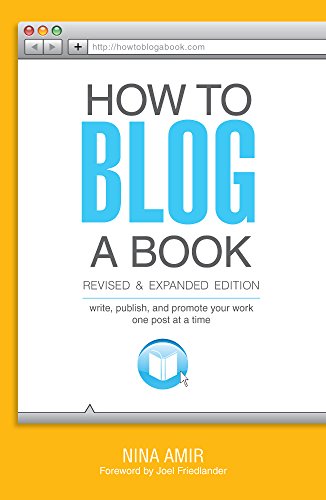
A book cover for How to Blog a Book Revised and Expanded Edition: Write, Publish, and Promote Your Work One Post at a Time; Nina Amir; Computers & Technology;